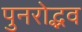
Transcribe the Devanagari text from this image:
पुनरोद्भव